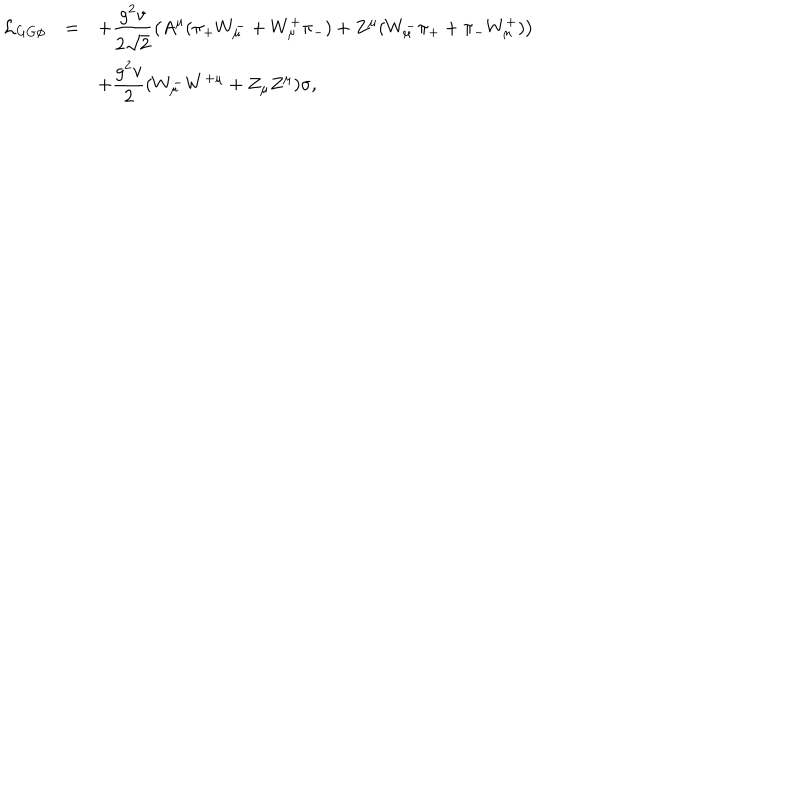
LaTeX: \begin{array} { r c l } { { { \cal L } _ { G G \phi } } } & { { = } } & { { \displaystyle + \frac { g ^ { 2 } v } { 2 \sqrt { 2 } } \left( A ^ { \mu } ( \pi _ { + } W _ { \mu } ^ { - } + W _ { \mu } ^ { + } \pi _ { - } ) + Z ^ { \mu } ( W _ { \mu } ^ { - } \pi _ { + } + \pi _ { - } W _ { \mu } ^ { + } ) \right) } } \\ { { } } & { { } } & { { \displaystyle + \frac { g ^ { 2 } v } { 2 } ( W _ { \mu } ^ { - } W ^ { + \mu } + Z _ { \mu } Z ^ { \mu } ) \sigma , } } \\ \end{array}